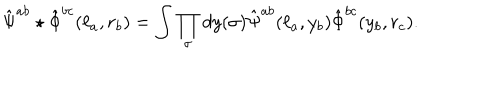
\hat { \Psi } ^ { a b } \star \hat { \Phi } ^ { b c } ( \ell _ { a } , r _ { b } ) = \int \prod _ { \sigma } d y ( \sigma ) \hat { \Psi } ^ { a b } ( \ell _ { a } , y _ { b } ) \hat { \Phi } ^ { b c } ( y _ { b } , r _ { c } ) .